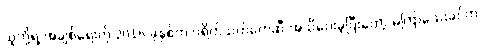
သူတို့ရဲ့ အချစ်ရေးကို 2016 ခုနှစ်က ပရိတ်သတ်တွေဆီ အသိပေးခဲ့ပြီးတော့ မကြာသေးခင်က